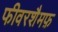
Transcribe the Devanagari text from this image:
फीवरशैमफ़